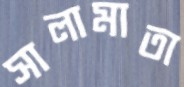
সালামাতা